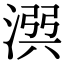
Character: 𣹎